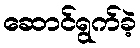
ဆောင်ရွက်ခဲ့